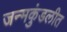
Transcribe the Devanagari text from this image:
जन्मकुंडलीत